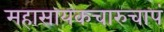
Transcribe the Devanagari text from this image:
महासायकचारुचापं